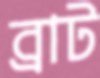
ব্রাট